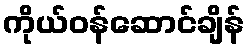
ကိုယ်ဝန်ဆောင်ချိန်